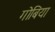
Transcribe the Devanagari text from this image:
गोबिया